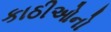
કાઠીઓનો